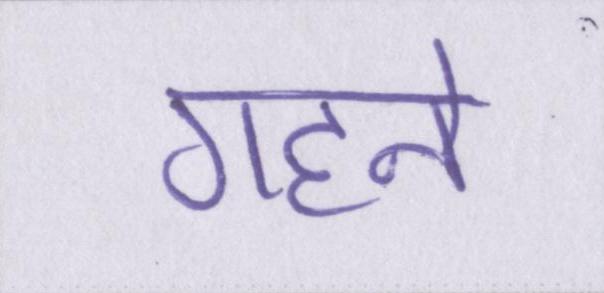
गहने